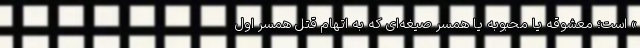
» است؛ معشوقه یا محبوبه یا همسر صیغه‌ای که به اتهام قتل همسر اول